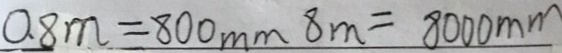
0 . 8 m = 8 0 0 0 m m 8 m = 8 0 0 0 m m